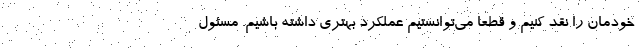
خودمان را نقد کنیم و قطعا می‌توانستیم عملکرد بهتری داشته باشیم. مسئول